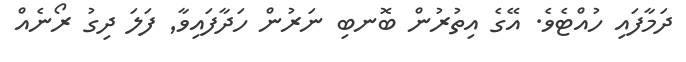
ދަމާފައި ހުއްޓެވެ. އޭގެ އިތުރުން ބޮނބި ނަރުން ހަދާފައިވާ